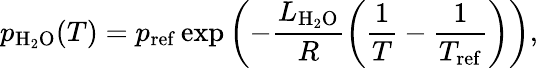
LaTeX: p_{\mathrm{H}_{2}\mathrm{O}}(T)=p_{\mathrm{ref}}\exp{\left(-\frac{L_{\mathrm{H}_{2}\mathrm{O}}}{R}\left(\frac{1}{T}-\frac{1}{T_{\mathrm{ref}}}\right)\right)},